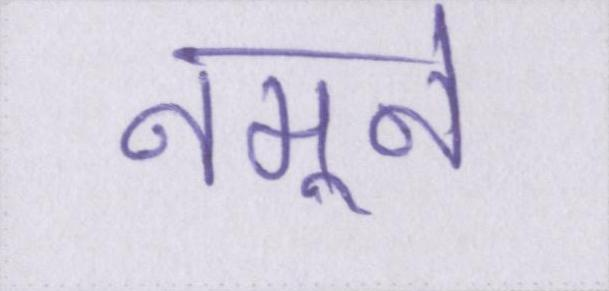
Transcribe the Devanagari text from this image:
नमूने